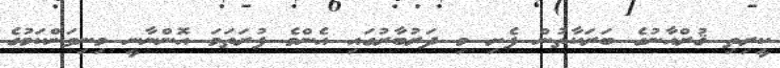
ކީރިތި ޤުރްއާނުގެ ބަރަކާތުން ފެށި މި ދަރުބާރުގައި އެންމެ ފުރަތަމަ އޮންނާނީ މިނިވަންކަމުގެ